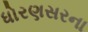
ધોરણસરના